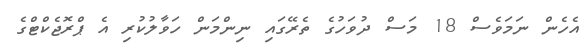
އެހެން ނަމަވެސް 18 މަސް ދުވަހުގެ ތެރޭގައި ނިންމަން ހަވާލުކުރި އެ ޕްރޮޖެކްޓްގެ